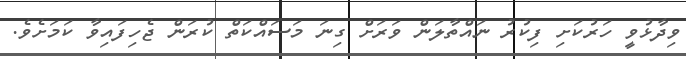
ވިދާޅުވީ ހަރުކަށި ފިކުރު ނައްތާލަން ވަރަށް ގިނަ މަސައްކަތް ކުރަން ޖެހިފައިވާ ކަމަށެވެ.